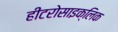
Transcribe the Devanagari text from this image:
हीटरोसाइक्लिक